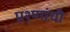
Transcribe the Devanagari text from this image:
प्रश्णांची